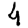
Digit: 4